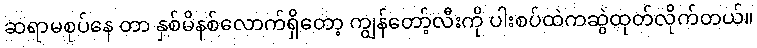
ဆရာမစုပ်နေ တာ နှစ်မိနစ်လောက်ရှိတော့ ကျွန်တော့်လီးကို ပါးစပ်ထဲကဆွဲထုတ်လိုက်တယ်။